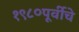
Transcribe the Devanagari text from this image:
१९८०पूर्वीचे